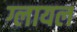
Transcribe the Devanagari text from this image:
ग्लायल